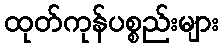
ထုတ်ကုန်ပစ္စည်းများ